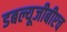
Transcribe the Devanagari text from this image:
डबल्यूजीबीएच